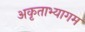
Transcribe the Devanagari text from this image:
अकृताभ्यागम